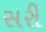
સરી